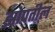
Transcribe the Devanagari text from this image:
झोपतील